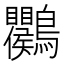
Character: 𪈱